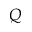
Q